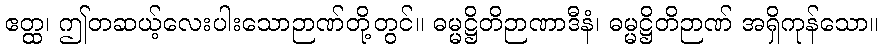
ဧတ္ထ၊ ဤတဆယ့်လေးပါးသောဉာဏ်တို့တွင်။ ဓမ္မဋ္ဌိတိဉာဏာဒီနံ၊ ဓမ္မဋ္ဌိတိဉာဏ် အရှိကုန်သော။